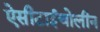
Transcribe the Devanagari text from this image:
ऐसीटाईचोलीन